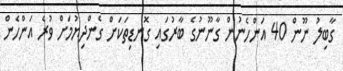
ގާބިލު ނޫން 40 އަންހެނުން ގާނޫނުގެ ބާރުގައި ގޮނޑިތަކަށް ގެންދިޔުމަށް ވުރެ އަންހެން